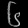
Digit: ၆